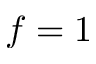
f = 1